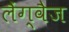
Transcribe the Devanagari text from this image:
लैंग्वैज